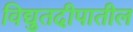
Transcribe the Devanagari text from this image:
विद्युतदीपातील